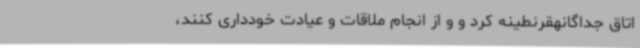
اتاق جداگانهقرنطینه کرد و و از انجام ملاقات و عیادت خودداری کنند،